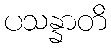
ပသန္နာတိ